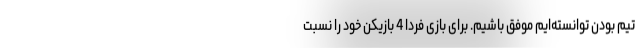
تیم بودن توانسته‌ایم موفق باشیم. برای بازی فردا 4 بازیکن خود را نسبت